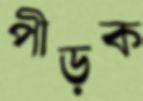
পীড়ক